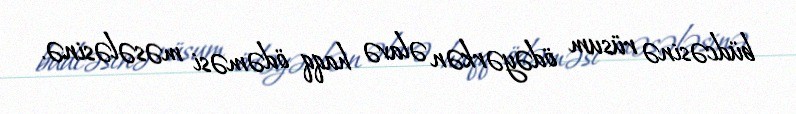
büdcəsinə rüsum ödəyərkən əlavə haqq ödəməsi məsələsinə.